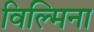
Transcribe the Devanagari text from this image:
विल्‍मिना